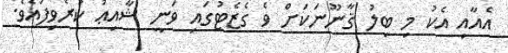
އެއާއި އެކު މި ބިލު ޤާނޫނަކަށް ވެ ގެޒެޓުގައި ވަނީ ޝާއިޢު ކުރެވިފައެވެ.